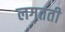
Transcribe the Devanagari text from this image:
लगतती